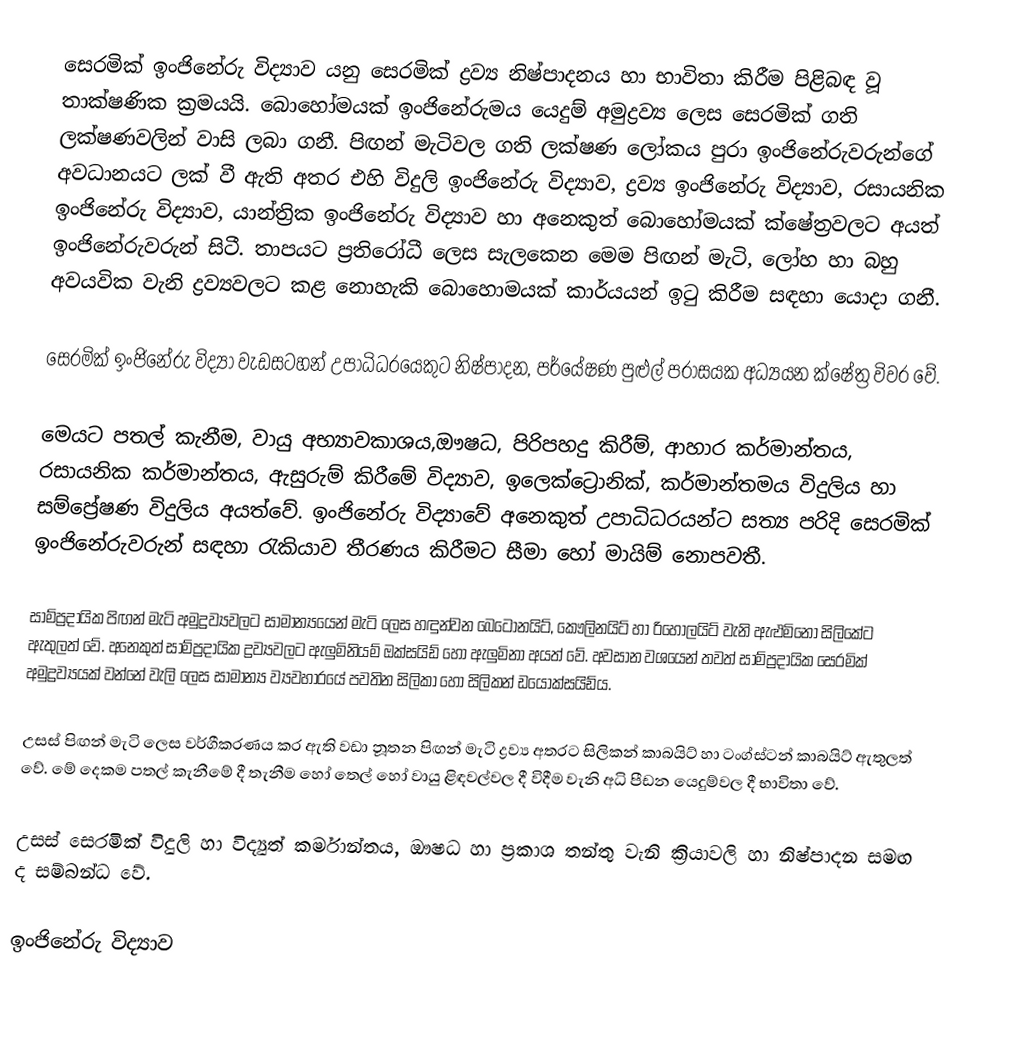
සෙරමික් ඉංජිනේරු විද්‍යාව යනු සෙරමික් ද්‍රව්‍ය නිෂ්පාදනය හා භාවිතා කිරීම පිළිබඳ වූ තාක්ෂණික ක්‍රමයයි. බොහෝමයක් ඉංජිනේරුමය යෙදුම් අමුද්‍රව්‍ය ලෙස සෙරමික් ගති ලක්ෂණවලින් වාසි ලබා ගනී. පිඟන් මැටිවල ගති ලක්ෂණ ලෝකය පුරා ඉංජිනේරුවරුන්ගේ අවධානයට ලක් වී ඇති අතර එහි විදුලි ඉංජිනේරු විද්‍යාව, ද්‍රව්‍ය ඉංජිනේරු විද්‍යාව, රසායනික ඉංජිනේරු විද්‍යාව, යාන්ත්‍රික ඉංජිනේරු විද්‍යාව හා අනෙකුත් බොහෝමයක් ක්ෂේත්‍රවලට අයත් ඉංජිනේරුවරුන් සිටී. තාපයට ප්‍රතිරෝධී ලෙස සැලකෙන මෙම පිඟන් මැටි, ලෝහ හා බහු අවයවික වැනි ද්‍රව්‍යවලට කළ නොහැකි බොහොමයක් කාර්යයන් ඉටු කිරීම සඳහා යොදා ගනී.

සෙරමික් ඉංජිනේරු විද්‍යා වැඩසටහන් උපාධිධරයෙකුට නිෂ්පාදන, පර්යේෂණ පුළුල් පරාසයක අධ්‍යයන ක්ෂේත්‍ර විවර වේ.

මෙයට පතල් කැනීම, වායු අභ්‍යාවකාශය,ඖෂධ, පිරිපහදු කිරීම්, ආහාර කර්මාන්තය, රසායනික කර්මාන්තය, ඇසුරුම් කිරීමේ විද්‍යාව, ඉලෙක්ට්‍රොනික්, කර්මාන්තමය විදුලිය හා සම්ප්‍රේෂණ විදුලිය අයත්වේ. ඉංජිනේරු විද්‍යාවේ අනෙකුත් උපාධිධරයන්ට සත්‍ය පරිදි සෙරමික් ඉංජිනේරුවරුන් සඳහා රැකියාව තීරණය කිරීමට සීමා හෝ මායිම් නොපවතී.

සාම්ප්‍රදායික පිඟන් මැටි අමුද්‍රව්‍යවලට සාමාන්‍යයෙන් මැටි ලෙස හඳුන්වන බෙටොනයිට්, කෞලිනයිට් හා රිහොලයිට් වැනි ඇළුමිනෝ සිලිකේට ඇතුලත් වේ. අනෙකුත් සාම්ප්‍රදායික ද්‍රව්‍යවලට ඇලුමිනියම් ඔක්සයිඩ් හෝ ඇලුමිනා අයත් වේ. අවසාන වශයෙන් තවත් සාම්ප්‍රදායික සෙරමික් අමුද්‍රව්‍යයක් වන්නේ වැලි ලෙස සාමාන්‍ය ව්‍යවහාරයේ පවතින සිලිකා හෝ සිලිකන් ඩයොක්සයිඩ්ය.

උසස් පිඟන් මැටි ලෙස වර්ගීකරණය කර ඇති වඩා නූතන පිඟන් මැටි ද්‍රව්‍ය අතරට සිලිකන් කාබයිට් හා ටංග්ස්ටන් කාබයිට් ඇතුලත් වේ. මේ දෙකම පතල් කැනීමේ දී තැනීම හෝ තෙල් හෝ වායු ළිඳවල්වල දී විදීම වැනි අධි පීඩන යෙදුම්වල දී භාවිතා වේ.

උසස් සෙරමික් විදුලි හා විද්‍යුත් කර්මාන්තය, ඖෂධ හා ප්‍රකාශ තන්තු වැනි ක්‍රියාවලි හා නිෂ්පාදන සමඟ ද සම්බන්ධ වේ.

 ඉංජිනේරු විද්‍යාව